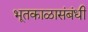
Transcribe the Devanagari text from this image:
भूतकाळासंबंधी